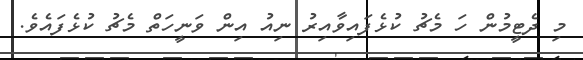
މި ދެޓީމުން ހަ މެޗު ކުޅެފައިވާއިރު ނިއު އިން ވަނީހަތް މެޗު ކުޅެފައެވެ.